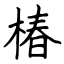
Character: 椿